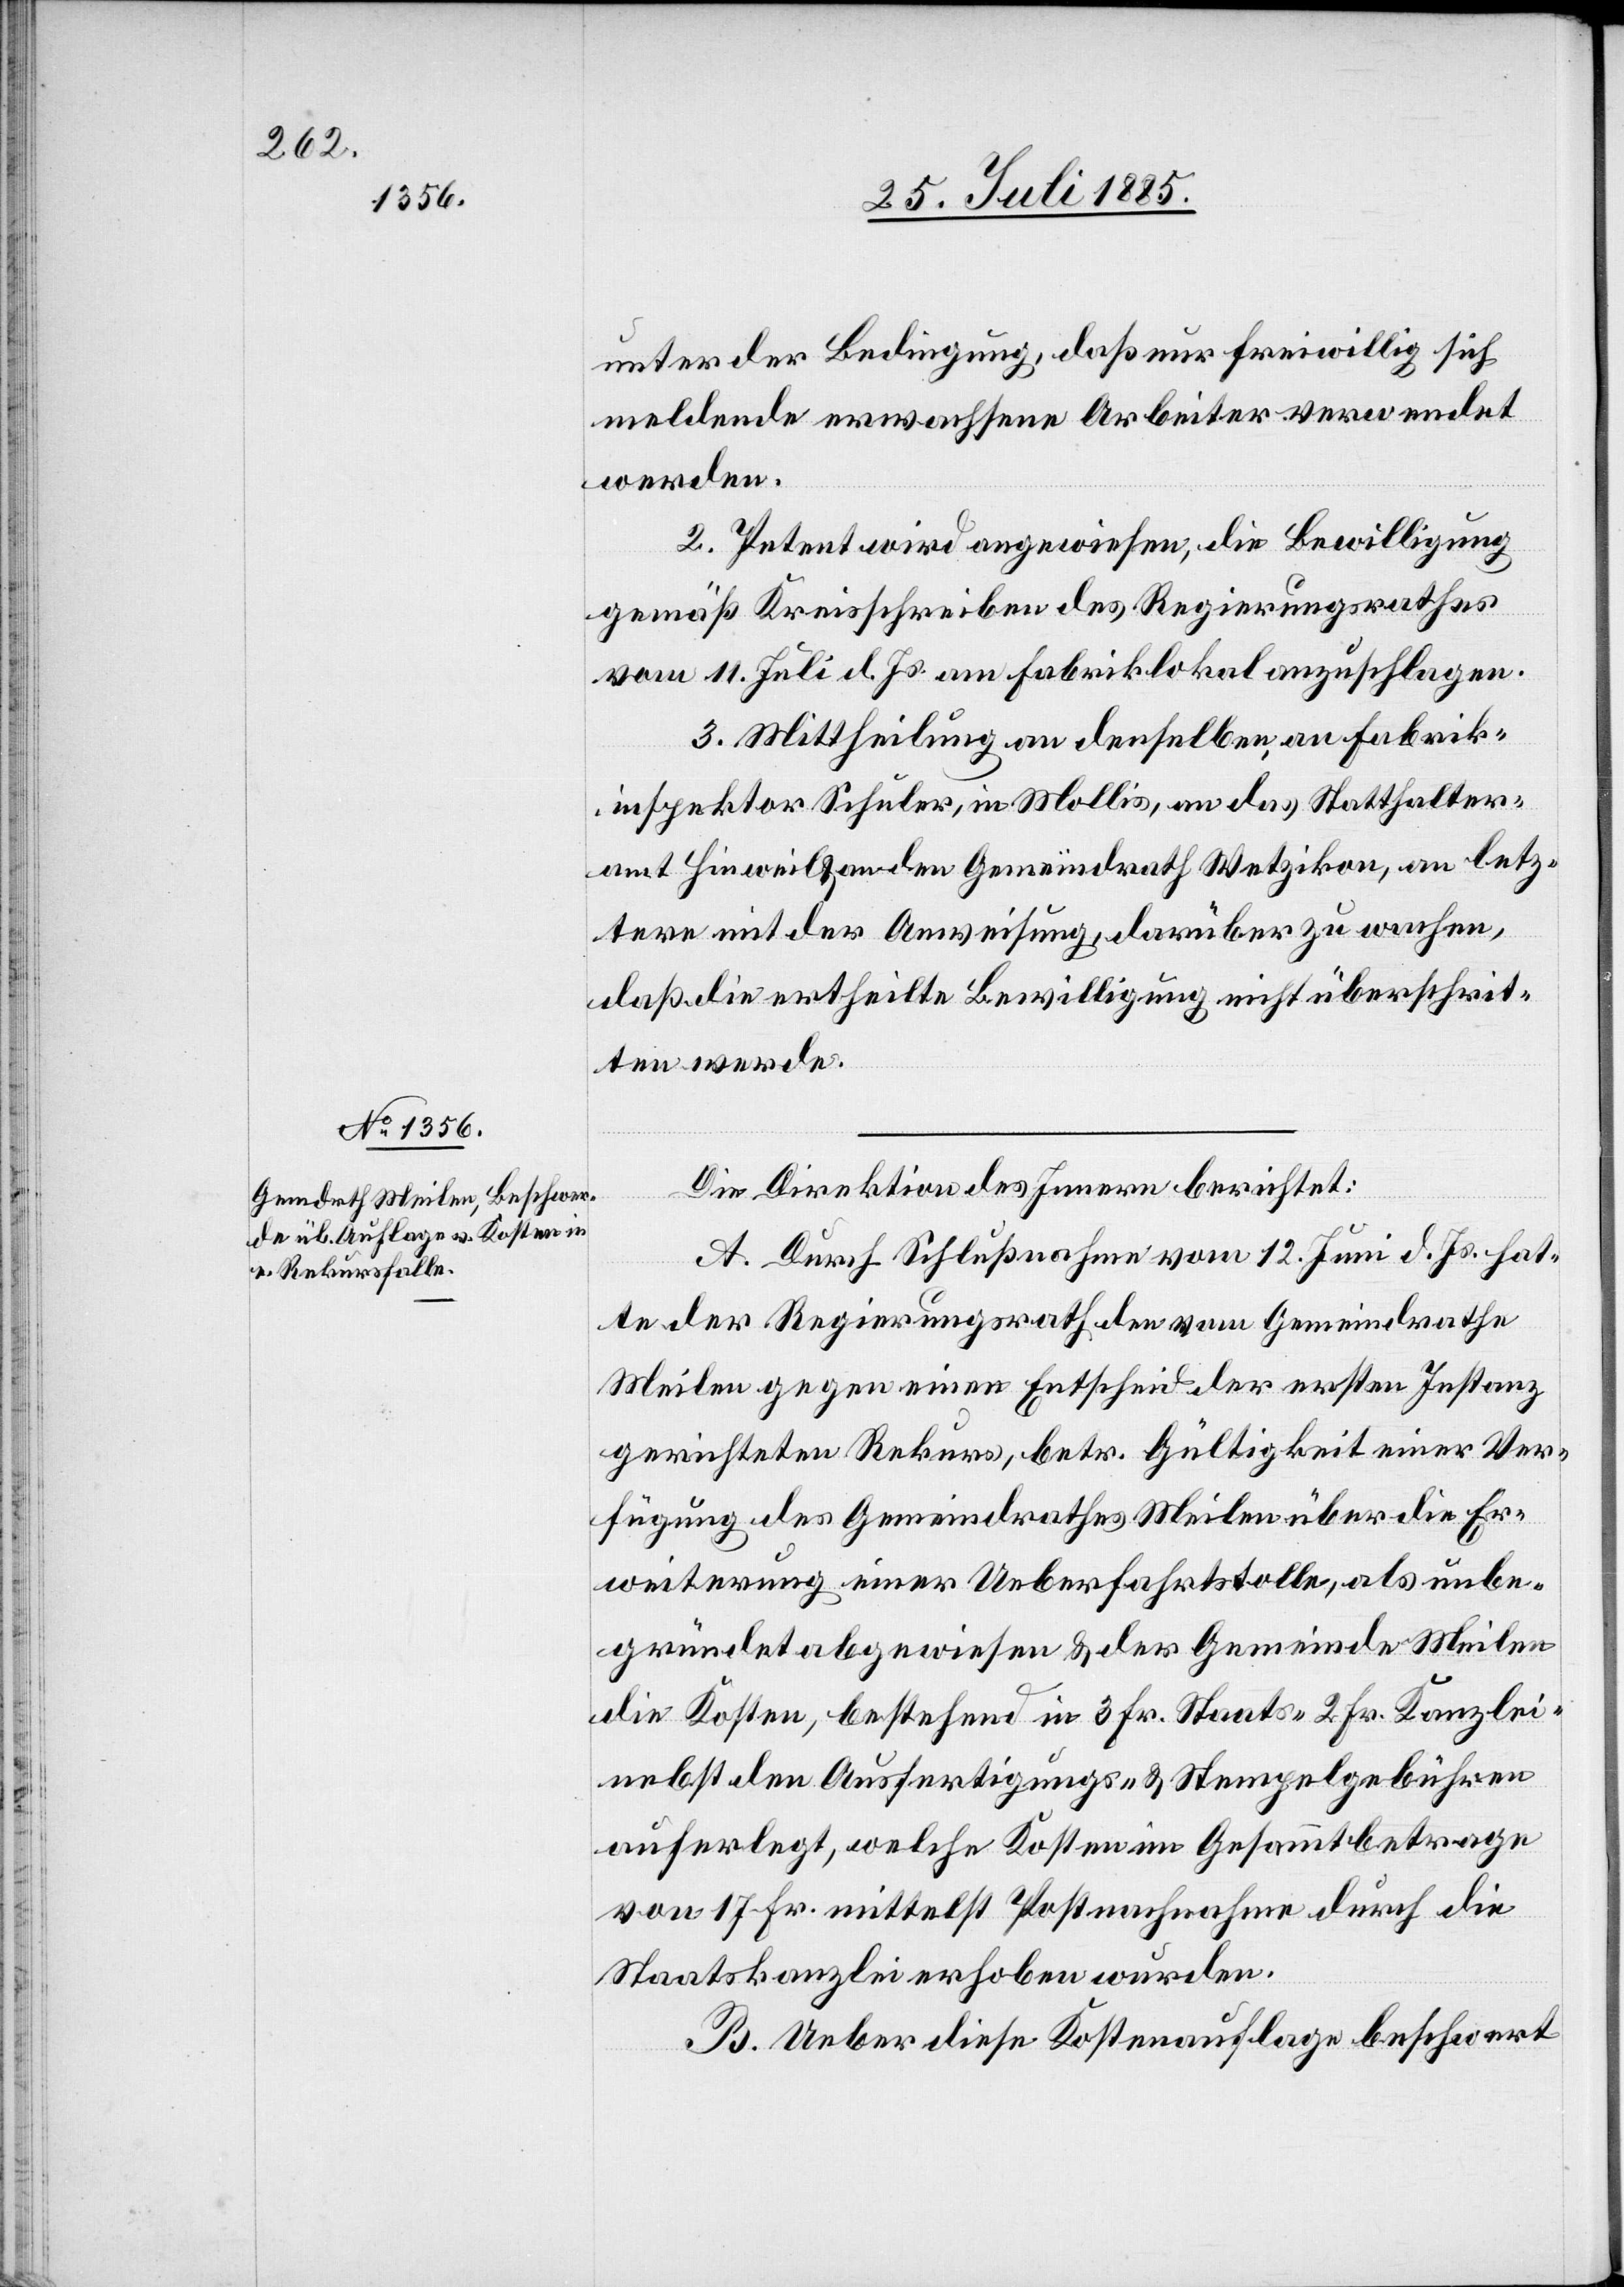
unter der Bedingung, daß nur freiwillig sich
meldende erwachsene Arbeiter verwendet
werden.
2. Petent wird angewiesen, die Bewilligung
gemäß Kreisschreiben des Regierungsrathes
vom 11. Juli d. Js. am Fabriklokal anzuschlagen.
3. Mittheilung an denselben, an Fabrik¬
inspektor Schuler, in Mollis, an das Statthalter¬
amt Hinweil & an den Gemeindrath Wetzikon, an letz¬
tern mit der Anweisung, darüber zu wachen,
daß die ertheilte Bewilligung nicht überschrit¬
ten werde.
Die Direktion des Innern berichtet:
A. Durch Schlußnahme vom 12. Juni d. Js. hat¬
te der Regierungsrath den vom Gemeindrathe
Meilen gegen einen Entscheid der ersten Instanz
gerichteten Rekurs, betr. Gültigkeit einer Ver¬
fügung des Gemeindrathes Meilen über die Er¬
weiterung einer Ueberfahrtstolle, als unbe¬
gründet abgewiesen & der Gemeinde Meilen
die Kosten, bestehend in 3 Fr. Staats- 2 Fr. Kanzlei-
nebst den Ausfertigungs- & Stempelgebühren
auferlegt, welche Kosten im Gesammtbetrage
von 17 Fr. mittelst Postnachnahme durch die
Staatskanzlei erhoben wurden.
B. Ueber diese Kostenauflage beschwert